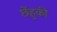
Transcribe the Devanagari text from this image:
छेंहुकी